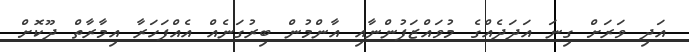
އަދި ވަރަށް ގިނަ އަދަދެއްގެ މުވައްޒަފުންނާއި އާންމުން ބިރުގަނެއް އެއްފަހަރާ އިމާރާތް ދޫކޮށް